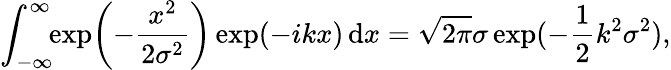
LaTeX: \int_{-\infty}^{\infty}\! \! \exp\! \left(-\frac{x^{2}}{2\sigma^{2}}\right)\exp(-ikx)\, \mathrm{d}x=\sqrt{2\pi}\sigma\exp(-\frac{1}{2}k^{2}\sigma^{2}),